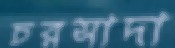
চরসাদা